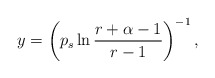
\begin{align*}y= \left( p_s \ln\frac{r+\alpha-1}{r-1} \right)^{-1},\end{align*}